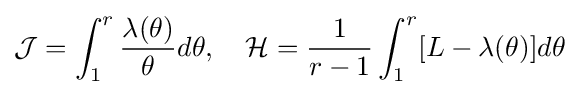
{\mathcal {J}}=\int _{1}^{r}{\frac {\lambda (\theta )}{\theta }}d\theta ,\quad {\mathcal {H}}={\frac {1}{r-1}}\int _{1}^{r}[L-\lambda (\theta )]d\theta